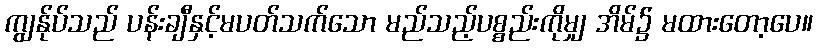
ကျွန်ုပ်သည် ပန်းချီနှင့်မပတ်သက်သော မည်သည့်ပစ္စည်းကိုမျှ အိမ်၌ မထားတော့ပေ။